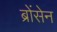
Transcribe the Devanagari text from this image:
ब्रोंसेन